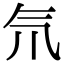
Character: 氘